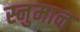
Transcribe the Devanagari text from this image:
स्नुमान